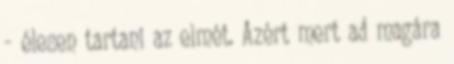
- élesen tartani az elmét. Azért mert ad magára